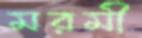
মরমী